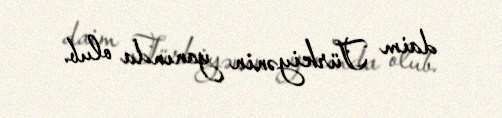
daim Türkiyənin yanında olub.